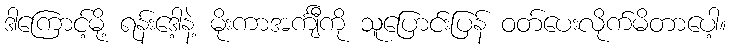
ဒါကြောင့်မို့ ရန်းဒေါ့နဲ့ မိုးကာအင်္ကျီကို သူပြောင်းပြန် ဝတ်ပေးလိုက်မိတာပေါ့။